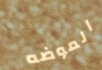
الموضه